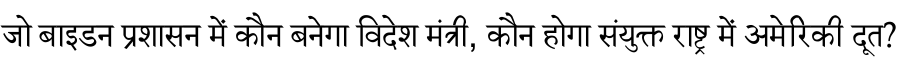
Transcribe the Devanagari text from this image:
जो बाइडन प्रशासन में कौन बनेगा विदेश मंत्री, कौन होगा संयुक्त राष्ट्र में अमेरिकी दूत?